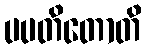
ပပတိတောတိ